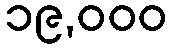
၁၉,၀၀၀